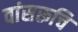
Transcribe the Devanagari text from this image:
वांसरूचि